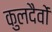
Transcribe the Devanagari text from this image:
कुलदैवों